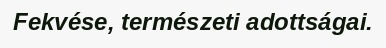
Fekvése, természeti adottságai.